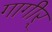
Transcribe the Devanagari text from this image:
गागीर्